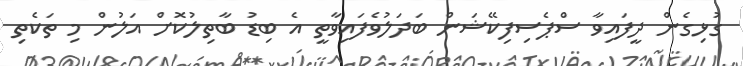
ގުޅިގެން ދީފައިވާ ސްޕެސިފިކޭޝަން ބަދަލުވެފައިވާތީ އެ ބިޑު ބާތިލުކޮށް އަލުން މި ތަކެތި